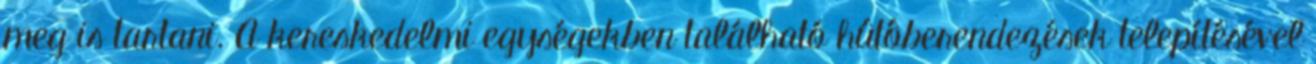
meg is tartani. A kereskedelmi egységekben található hûtôberendezések telepítésével